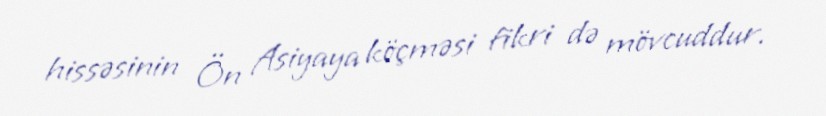
hissəsinin Ön Asiyaya köçməsi fikri də mövcuddur.